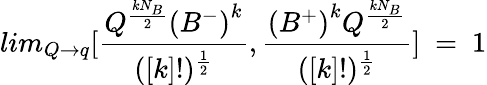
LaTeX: lim_{Q\to q}[{{\frac{Q^{\frac{kN_{B}}{2}}{(B^{-})}^{k}}{([k]!)^{\frac{1}{2}}}},{{\frac{{(B^{+})}^{k}Q^{{\frac{kN_{B}}{2}}}}{([k]!)^{\frac{1}{2}}}}}}]~=~1